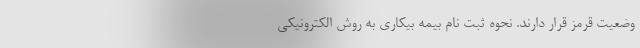
وضعیت قرمز قرار دارند. نحوه ثبت نام بیمه بیکاری به روش الکترونیکی